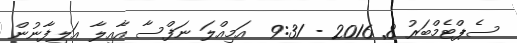
ސެޕްޓެމްބަރު 8